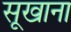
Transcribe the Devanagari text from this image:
सूखाना